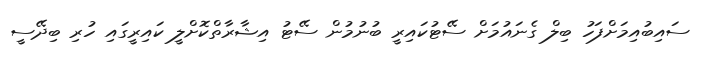
ސައިބުއިމަށްފަހު ބިލް ގެނައުމަށް ސޭޓުކައިރީ ބުނުމުން ސޭޓު އިޝާރާތްކޮށްލީ ކައިރީގައި ހުރި ބިދޭސީ